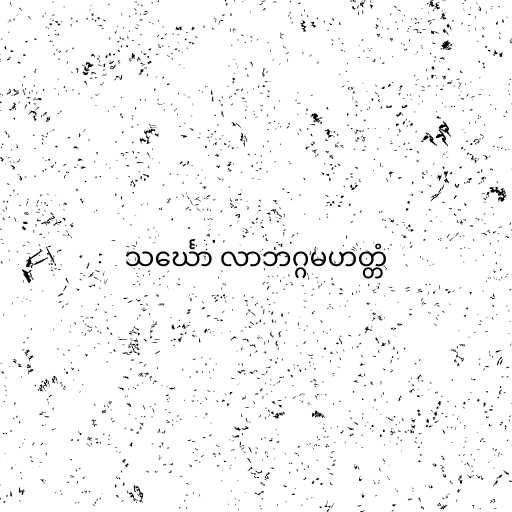
သင်္ဃော လာဘဂ္ဂမဟတ္တံ